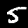
Digit: 5